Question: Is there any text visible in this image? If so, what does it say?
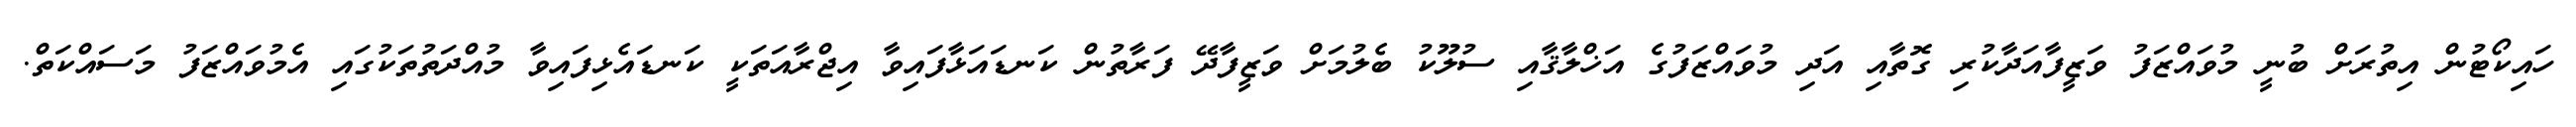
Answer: ހައިކޯޓުން އިތުރަށް ބުނީ މުވައްޒަފު ވަޒީފާއަދާކުރި ގޮތާއި އަދި މުވައްޒަފުގެ އަޚްލާޤާއި ސުލޫކު ބެލުމަށް ވަޒީފާދޭ ފަރާތުން ކަނޑައަޅާފައިވާ އިޖްރާއަތަކީ ކަނޑައެޅިފައިވާ މުއްދަތުތަކުގައި އެމުވައްޒަފު މަސައްކަތް.